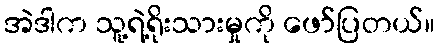
အဲဒါက သူ့ရဲ့ရိုးသားမှုကို ဖော်ပြတယ်။